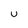
Character: U